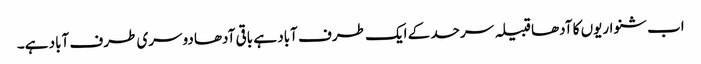
اب شنواریوں کا آدھا قبیلہ سرحد کے ایک طرف آباد ہے باقی آدھا دوسری طرف آباد ہے۔